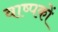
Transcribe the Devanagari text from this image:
वाष्पकों